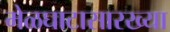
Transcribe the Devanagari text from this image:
मेळघाटासारख्या